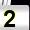
Digit: 2